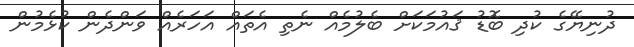
ދުނިޔޭގެ ކުދި ބޮޑު ޤައުމަކަށް ބެލުމެއް ނެތި އެތައް އަހަރެއް ވަންދެން ކުޅެމުން